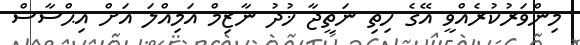
މިންވަރުކުރެއްވީ އޭގެ ހިތި ނަތީޖާ ޚުދު ނާޒިމް އަމިއްލަ އަށް އިޙްސާސް